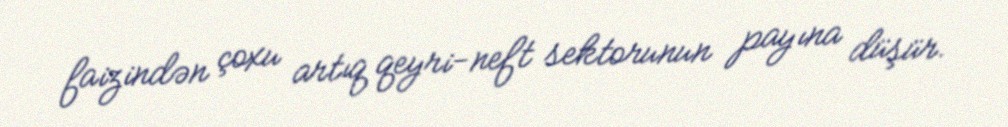
faizindən çoxu artıq qeyri-neft sektorunun payına düşür.